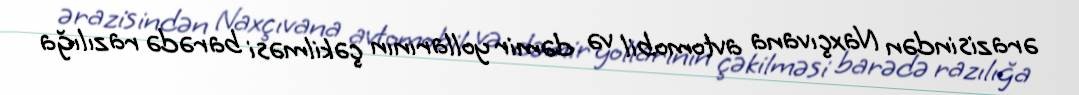
ərazisindən Naxçıvana avtomobil və dəmir yollarının çəkilməsi barədə razılığa